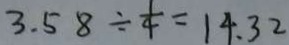
3 . 5 8 \div \frac { 1 } { 4 } = 1 4 . 3 2